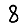
Digit: 8